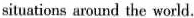
situations around the world.